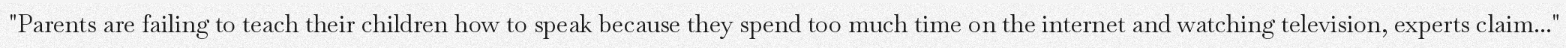
"Parents are failing to teach their children how to speak because they spend too much time on the internet and watching television, experts claim..."